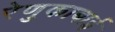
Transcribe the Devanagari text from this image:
रेणुकाबाई